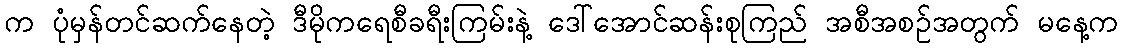
က ပုံမှန်တင်ဆက်နေတဲ့ ဒီမိုကရေစီခရီးကြမ်းနဲ့ ဒေါ်အောင်ဆန်းစုကြည် အစီအစဉ်အတွက် မနေ့က